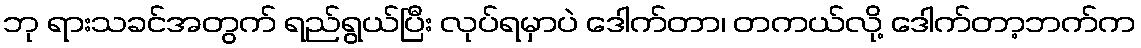
ဘု ရားသခင်အတွက် ရည်ရွယ်ပြီး လုပ်ရမှာပဲ ဒေါက်တာ၊ တကယ်လို့ ဒေါက်တာ့ဘက်က